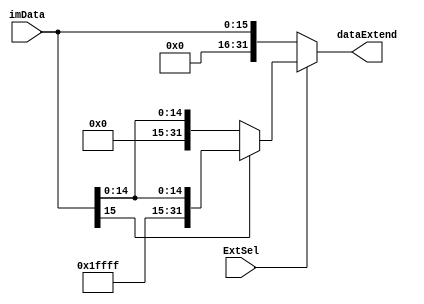
`timescale 1ns / 1ps
//////////////////////////////////////////////////////////////////////////////////
// Company: 
// Engineer: 
// 
// Design Name: 
// Module Name: DataExtend
// Project Name: 
// Target Devices: 
// Tool Versions: 
// Description: 
// 
// Dependencies: 
// 
// Revision:
// Revision 0.01 - File Created
// Additional Comments:
// 
//////////////////////////////////////////////////////////////////////////////////


module DataExtend(
	input [15:0]imData,
    input ExtSel,
    output reg[31:0]dataExtend
    );
    
    always @(ExtSel or imData) begin
        if(ExtSel == 0)
            dataExtend <= {16'h0000,imData};
        else begin
            if(imData[15] == 0)
                dataExtend <= {16'h0000,imData};
            else
                dataExtend <= {16'hffff,imData};
        end
        $display("dataExtend: %h",dataExtend);
    end
endmodule